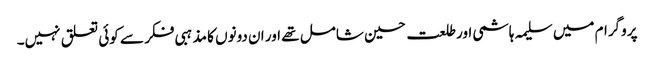
پروگرام میں سلیمہ ہاشمی اور طلعت حسین شامل تھے اور ان دونوں کا مذہبی فکر سے کوئی تعلق نہیں۔